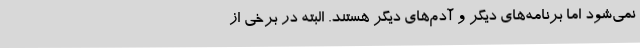
نمی‌شود اما برنامه‌های دیگر و آدم‌های دیگر هستند. البته در برخی از